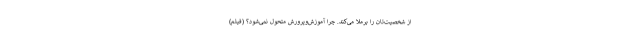
از شخصیت‌تان را برملا می‌کند. چرا آموزش‌وپرورش متحول نمی‌شود؟ (فیلم)